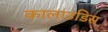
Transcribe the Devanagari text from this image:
कालाउडिस